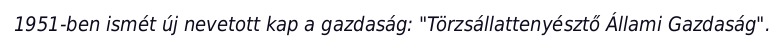
1951-ben ismét új nevetott kap a gazdaság: "Törzsállattenyésztő Állami Gazdaság".